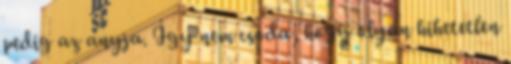
pedig az anyja. Így nem csoda, hogy olyan hihetetlen